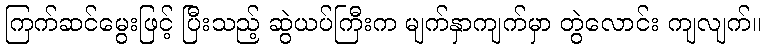
ကြက်ဆင်မွေးဖြင့် ပြီးသည့် ဆွဲယပ်ကြီးက မျက်နှာကျက်မှာ တွဲလောင်း ကျလျက်။